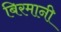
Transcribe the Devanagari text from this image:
बिरमानी